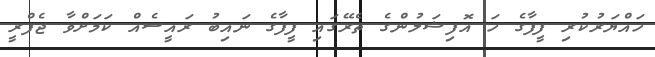
ހައްޔަރުކުރި ފީފާގެ ހަ އޮފިޝަލުންގެ ތެރޭގައި ފީފާގެ ނައިބު ރައީސެއް ކަމަށްވާ ޖެފްރީ